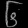
Digit: ၆